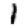
Digit: 1